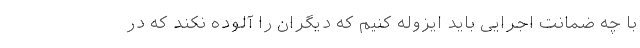
با چه ضمانت اجرایی باید ایزوله کنیم که دیگران را آلوده نکند که در